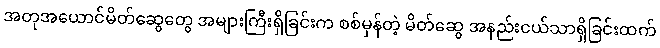
အတုအယောင်မိတ်ဆွေတွေ အများကြီးရှိခြင်းက စစ်မှန်တဲ့ မိတ်ဆွေ အနည်းငယ်သာရှိခြင်းထက်